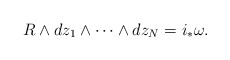
\begin{align*}R\wedge dz_1\wedge \cdots \wedge dz_N = i_* \omega.\end{align*}